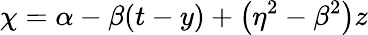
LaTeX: \chi=\alpha-\beta(t-y)+\left(\eta^{2}-\beta^{2}\right)z